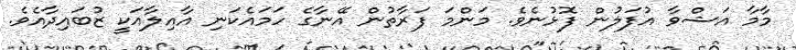
މާމާ އަޝްވާ އުފަލުން ފޮޅުނެވެ. މަންމަ ފަރާތުން އޭނާގެ ހަމައެކަނި އާއިލާއަކީ ޒުބައިދާއެވެ.